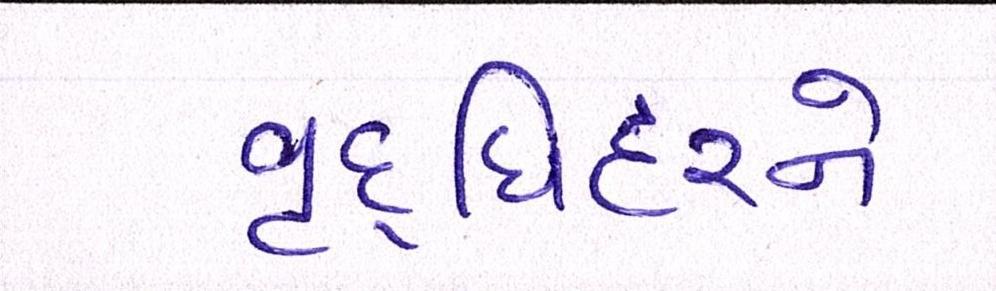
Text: વૃદ્ધિદરને